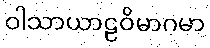
ဝါသာယာဠဝိမာဂမာ